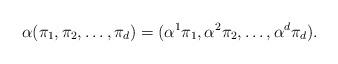
LaTeX: \begin{align*} \alpha (\pi_1 , \pi_2, \ldots , \pi_d) = (\alpha^1 \pi_1 , \alpha^2 \pi_2 , \ldots , \alpha^d \pi_d).\end{align*}